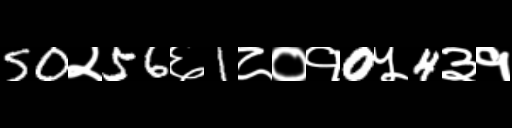
Text: 50२56६1८०१0५4३१